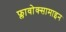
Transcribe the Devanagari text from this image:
फ्लावोक्सामाइन